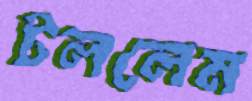
টললেম